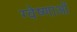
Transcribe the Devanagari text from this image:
ग्वेष्णाओं